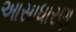
આસાધારણ